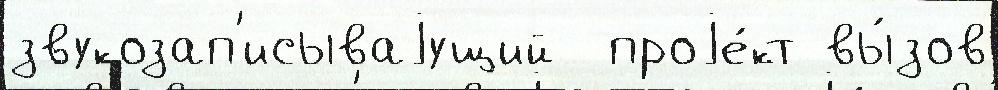
звукозап'исываjущий  проjе́кт вы́зов